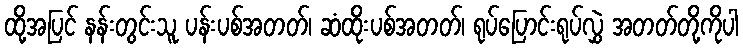
ထို့အပြင် နန်းတွင်းသူ ပန်းပစ်အတတ်၊ ဆံထိုးပစ်အတတ်၊ ရုပ်ပြောင်းရုပ်လွှဲ အတတ်တို့ကိုပါ